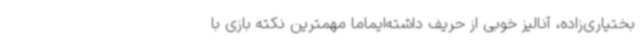
بختیاری‌زاده، آنالیز خوبی از حریف داشته‌ایماما مهمترین نکته بازی با